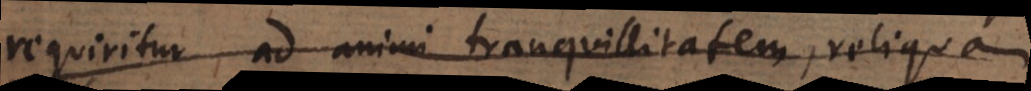
requiritur ad animi tranquillitatem, reliqua